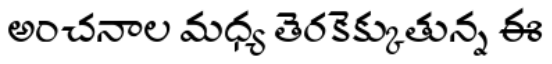
అంచనాల మధ్య తెరకెక్కుతున్న ఈ